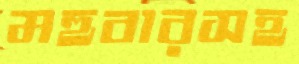
মহুবারসহ